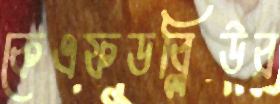
কেএফডব্লিউর